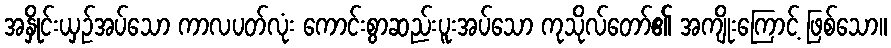
အနှိုင်းယှဉ်အပ်သော ကာလပတ်လုံး ကောင်းစွာဆည်းပူးအပ်သော ကုသိုလ်တော်၏ အကျိုးကြောင့် ဖြစ်သော။